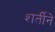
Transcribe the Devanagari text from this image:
शर्तीने